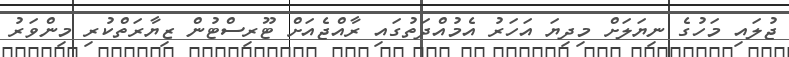
ޖުލައި މަހުގެ ނިޔަލަށް މިދިޔަ އަހަރު އެމުއްދަތުގައި ރާއްޖެއަށް ޓޫރިސްޓުން ޒިޔާރަތްކުރި މިންވަރު